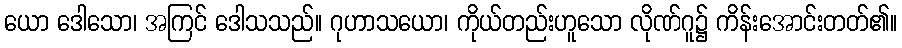
ယော ဒေါသော၊ အကြင် ဒေါသသည်။ ဂုဟာသယော၊ ကိုယ်တည်းဟူသော လိုဏ်ဂူ၌ ကိန်းအောင်းတတ်၏။